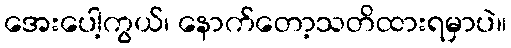
အေးပေါ့ကွယ်၊ နောက်တော့သတိထားရမှာပဲ။